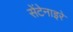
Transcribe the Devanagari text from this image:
सेंटेनाइरे